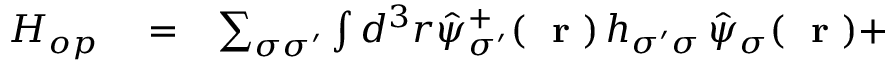
\begin{array} { r l r } { H _ { o p } } & { { } = } & { \sum _ { \sigma \sigma ^ { \prime } } \int d ^ { 3 } r \hat { \psi } _ { \sigma ^ { \prime } } ^ { + } ( \mathrm { ~ \bf ~ r ~ } ) \, h _ { \sigma ^ { \prime } \sigma } \, \hat { \psi } _ { \sigma } ( \mathrm { ~ \bf ~ r ~ } ) + } \end{array}